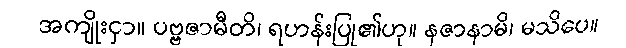
အကျိုးငှာ။ ပဗ္ဗဇာမီတိ၊ ရဟန်းပြု၏ဟု။ နဇာနာမိ၊ မသိပေ။